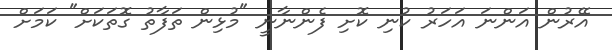
އޭރުން އަންނަ އަހަރު ކުނި ކޮށި ފެންނާނީ "މުޅިން ތަފާތު ގޮތަކަށް" ކަމަށް